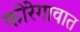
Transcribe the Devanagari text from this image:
कोरेगावात